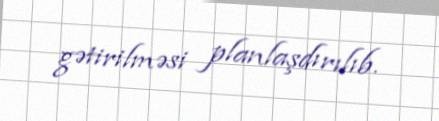
gətirilməsi planlaşdırılıb.